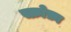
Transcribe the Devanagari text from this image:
स्क्रोफ़ा